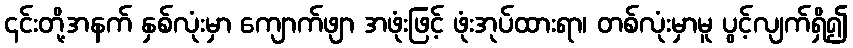
၎င်းတို့အနက် နှစ်လုံးမှာ ကျောက်ဖျာ အဖုံးဖြင့် ဖုံးအုပ်ထားရာ၊ တစ်လုံးမှာမူ ပွင့်လျက်ရှိ၍